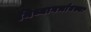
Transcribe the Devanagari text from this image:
मिथ्यागर्भावस्था